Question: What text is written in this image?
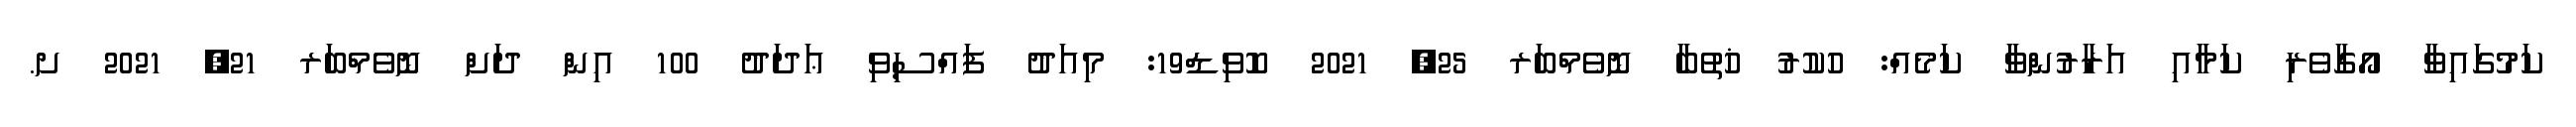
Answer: ކަމުގައިވާ އޯގާވެރި ކަމާއި އަރާރުންވާ ކަމެއް: ހުކުރު ޚުތުބާ ނޮވެމްބަރ 25, 2021 ކޮވިޑް19: މިއަދު ފައްސިވި ޢަދަދު 100 އިން ދަށް ނޮވެމްބަރ 21, 2021 ށ.